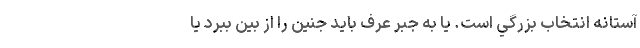
آستانه انتخاب بزرگي است. يا به جبرِ عرف بايد جنين را از بين ببرد يا